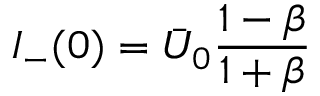
I _ { - } ( 0 ) = \bar { U } _ { 0 } \frac { 1 - \beta } { 1 + \beta }